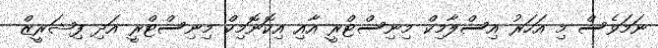
ނަމަވެސް މި އަހަރު އިސްލާމިކް މިނިސްޓްރީ އާއި އިކޮނޮމިކް މިނިސްޓްރީ އަދި ފިޝަރީޒް